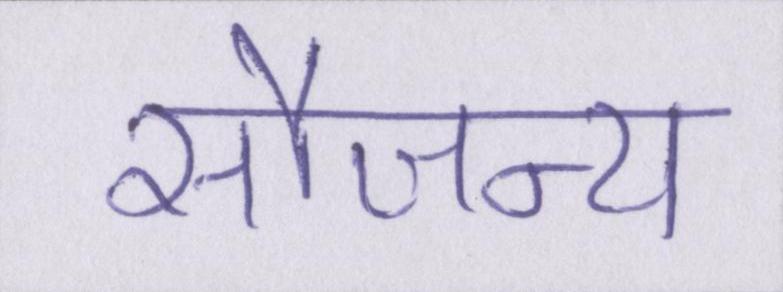
सौजन्य